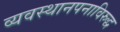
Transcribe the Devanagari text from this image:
व्यवस्थानपनाविरुद्ध